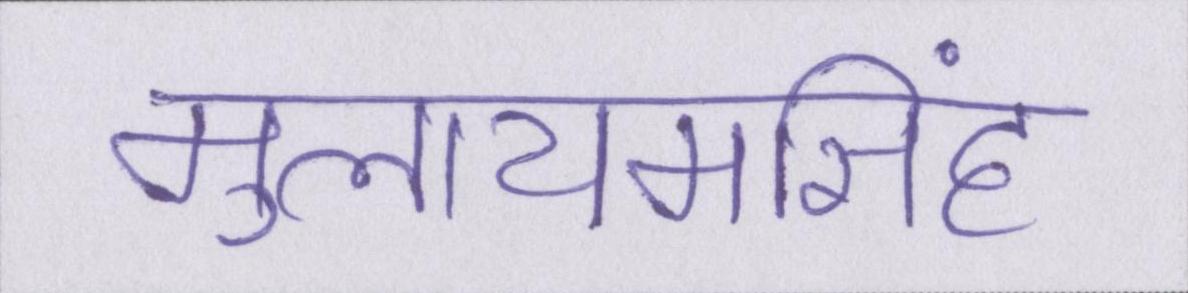
मुलायमसिंह